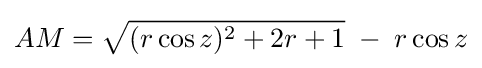
AM={\sqrt {(r\cos z)^{2}+2r+1}}\;-\;r\cos z